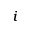
^ i